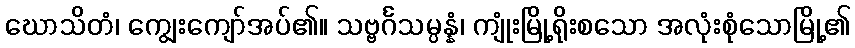
ဃောသိတံ၊ ကျွေးကျော်အပ်၏။ သဗ္ဗင်္ဂသမ္ပန္နံ၊ ကျုံးမြို့ရိုးစသော အလုံးစုံသောမြို့၏